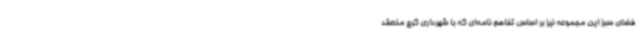
فضای سبز این مجموعه نیز بر اساس تفاهم نامه‌ای که با شهرداری کرج منعقد